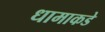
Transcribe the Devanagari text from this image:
धामाकडे